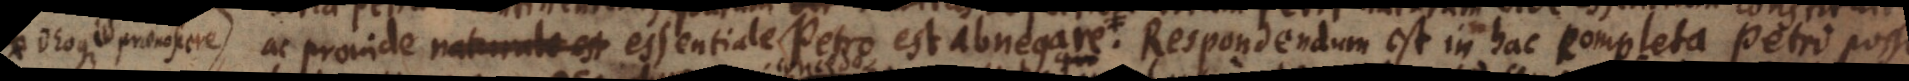
, ac proinde naturale est essentiale Petro est abnegare . Respondendum est in hac completa Petri possi